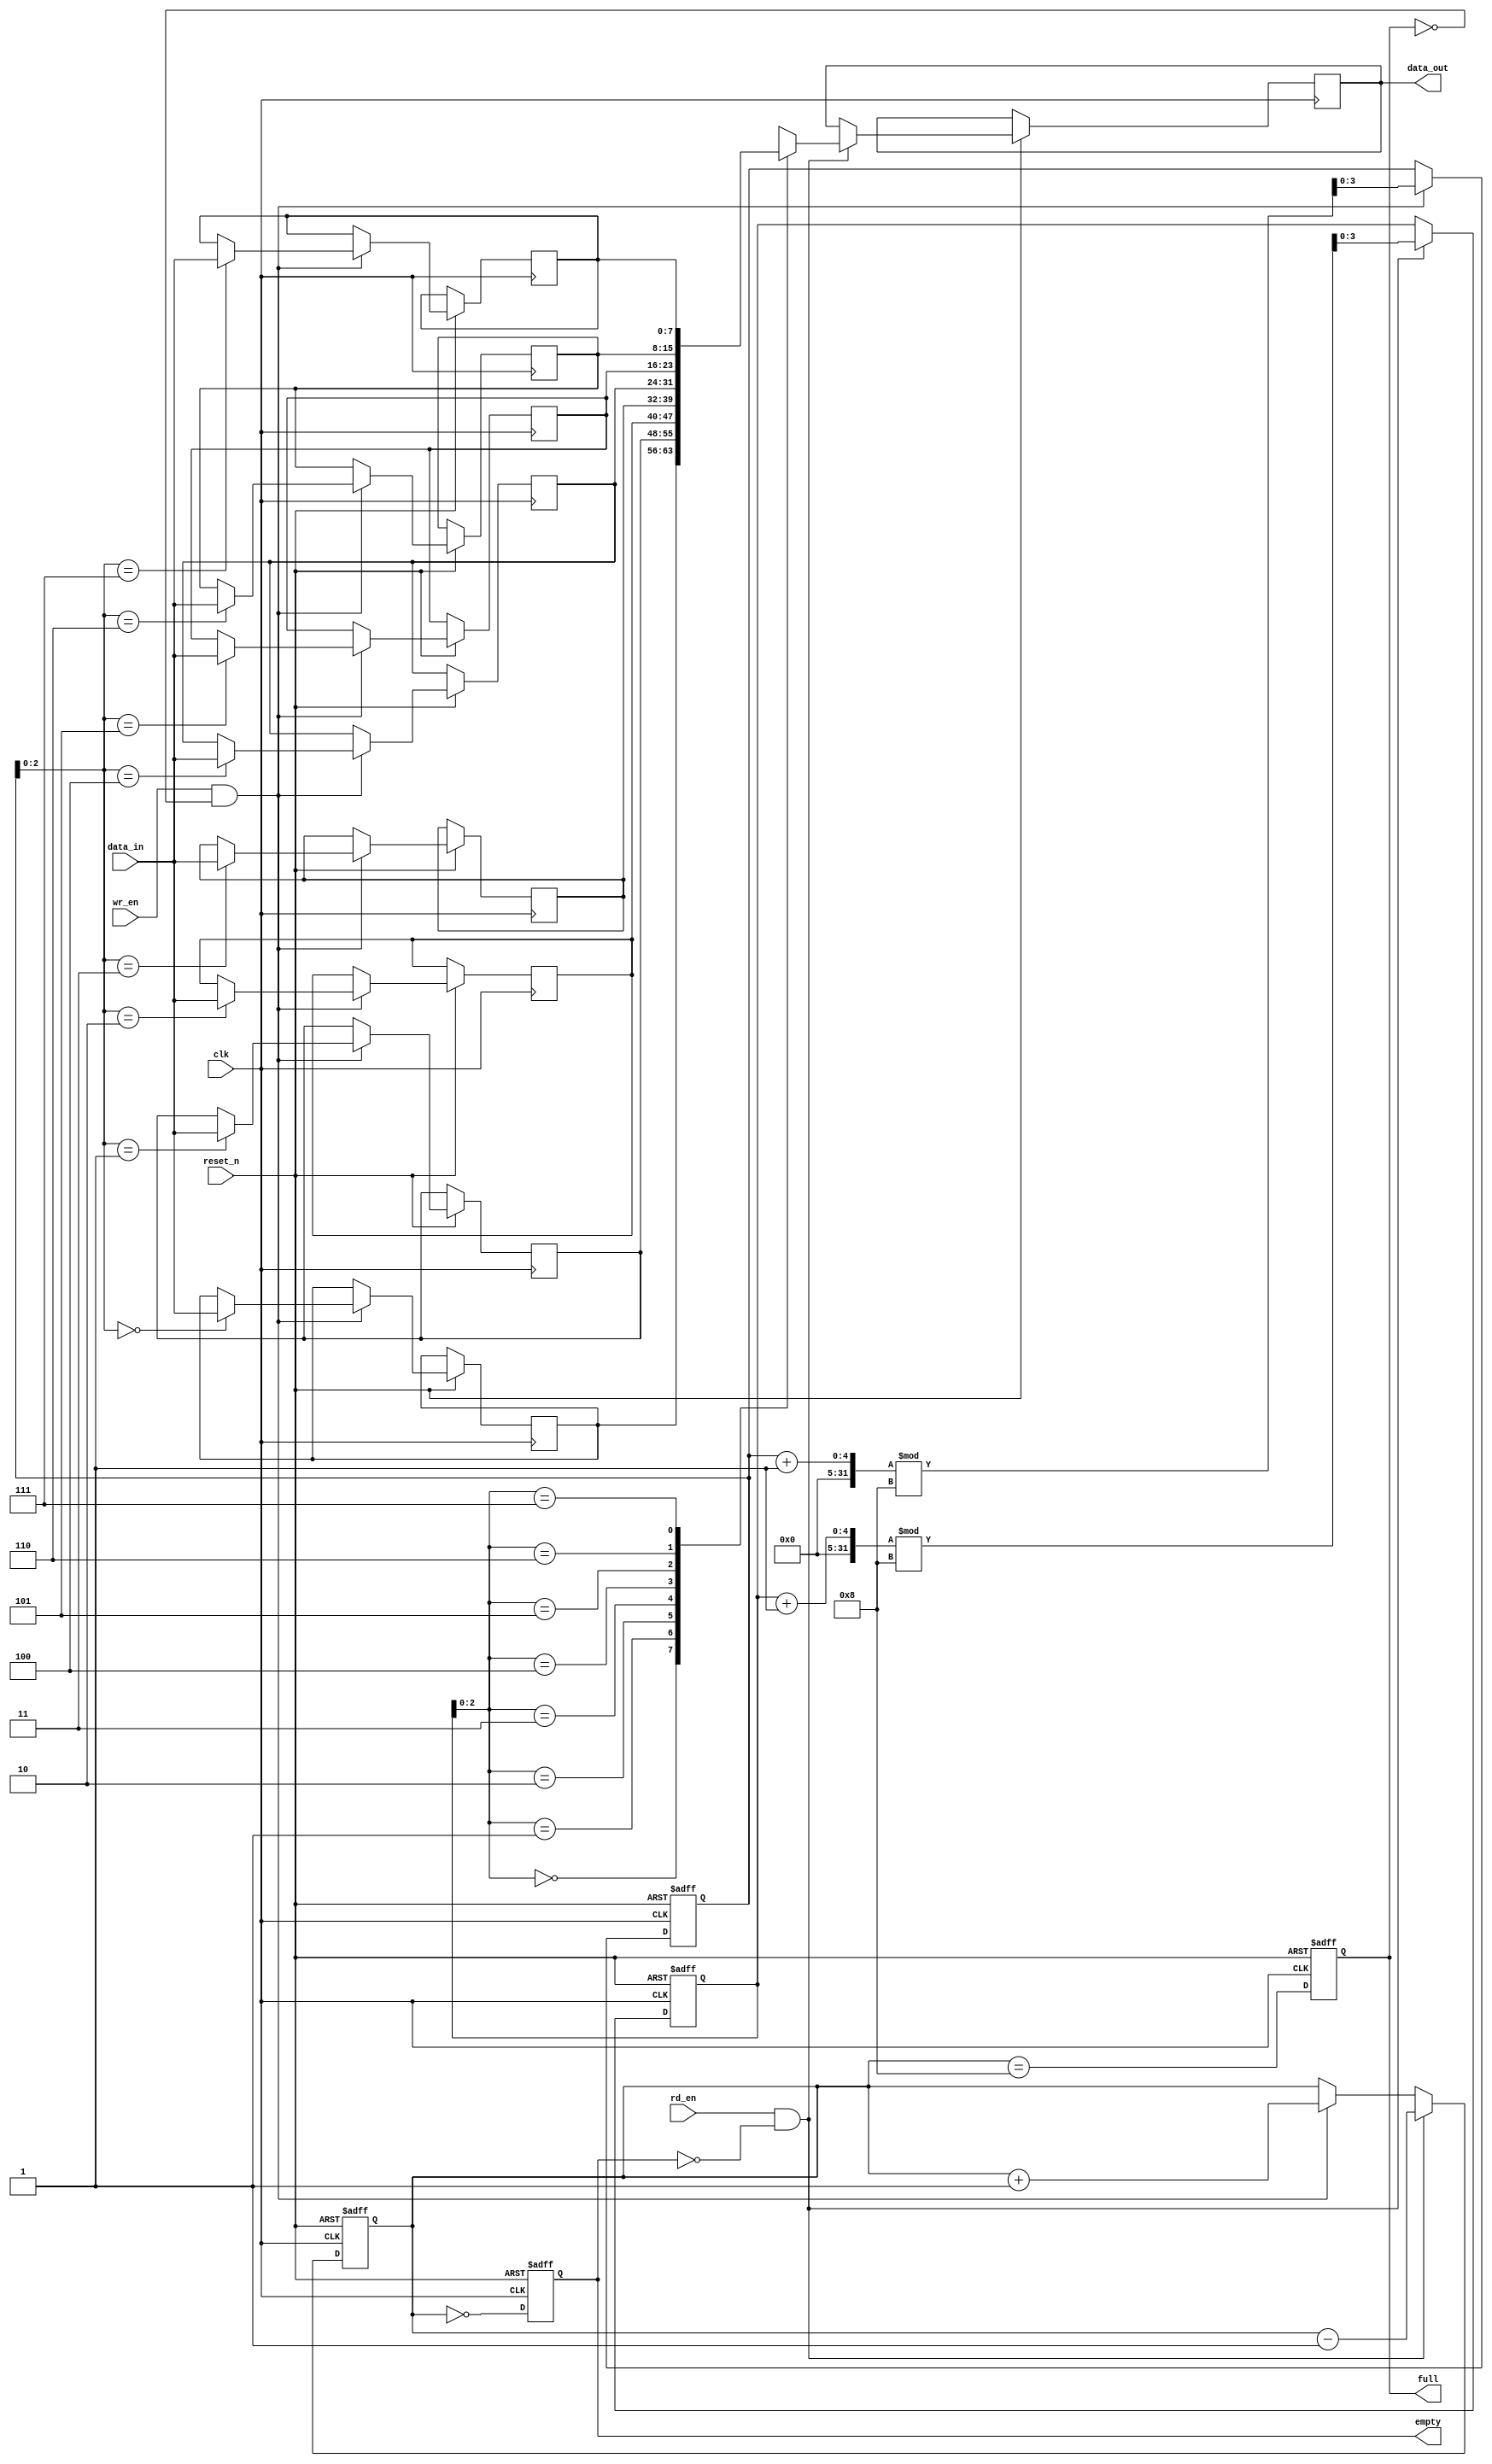
module fifo_sram #(
    parameter N = 8, // Depth: Number of entries
    parameter M = 8  // Width: Bits per entry
)(
    input wire clk,            // Clock signal
    input wire reset_n,        // Asynchronous active-low reset
    input wire wr_en,          // Write enable signal
    input wire rd_en,          // Read enable signal
    input wire [M-1:0] data_in, // Data input
    output reg [M-1:0] data_out, // Data output
    output reg full,          // Full flag
    output reg empty          // Empty flag
);

    // Memory array
    reg [M-1:0] mem [0:N-1]; // N entries of M bits each
    reg [3:0] wr_ptr;        // Write pointer (log2(N) bits)
    reg [3:0] rd_ptr;        // Read pointer (log2(N) bits)
    reg [4:0] count;         // Number of entries in the FIFO

    // Asynchronous reset
    always @(posedge clk or negedge reset_n) begin
        if (!reset_n) begin
            wr_ptr <= 0;
            rd_ptr <= 0;
            count <= 0;
            full <= 0;
            empty <= 1;
        end else begin
            // Write operation
            if (wr_en && !full) begin
                mem[wr_ptr] <= data_in; // Write data
                wr_ptr <= (wr_ptr + 1) % N; // Increment write pointer
                count <= count + 1; // Increment count
            end

            // Read operation
            if (rd_en && !empty) begin
                data_out <= mem[rd_ptr]; // Read data
                rd_ptr <= (rd_ptr + 1) % N; // Increment read pointer
                count <= count - 1; // Decrement count
            end

            // Update full and empty flags
            full <= (count == N);
            empty <= (count == 0);
        end
    end

endmodule